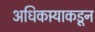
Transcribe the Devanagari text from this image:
अधिकार्‍याकडून